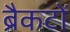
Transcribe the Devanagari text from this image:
ब्रैकटों